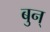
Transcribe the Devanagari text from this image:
बुन्‌